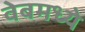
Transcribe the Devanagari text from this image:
वेबमध्ये